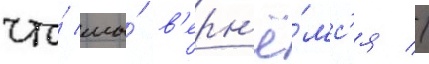
что́ мы́ в'ерн'ё́мс'я //